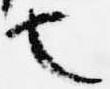
也